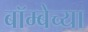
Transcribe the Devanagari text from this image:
बॉम्बेच्या